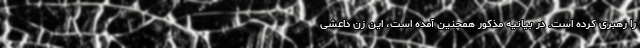
را رهبری کرده است. در بیانیه مذکور همچنین آمده است، این زن داعشی